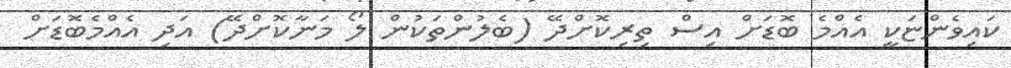
ކައިވެންޏަކީ އެއްމެ ބޮޑަށް އިސް ތިރިކޮށްދޭ (ބެލުންތަކުން ލޯ މަނާކޮށްދޭ) އަދި އެއްމެބޮޑަށް